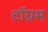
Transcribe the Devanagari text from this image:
टॉग्नम